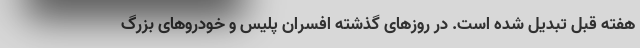
هفته قبل تبدیل شده است. در روزهای گذشته افسران پلیس و خودروهای بزرگ